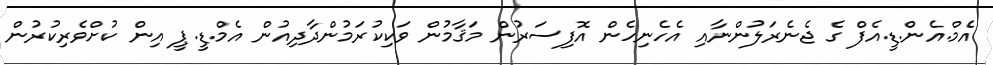
އެމް.އެން.ޑީ.އެފް ގެ ޖެނެރަލުންނާއި އެހެނިހެން އޮފިސަރުން މަޤާމުން ވަކިކުރަމުންދާދިއުން އެމް.ޑީ.ޕީ އިން ކުށްވެރިކުރުން